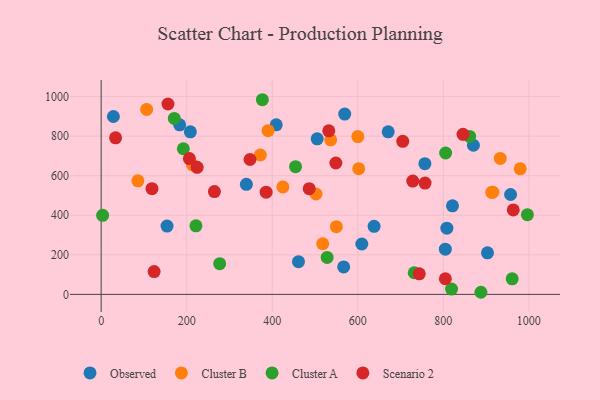
{"axis": {"x": "Ad Spend", "y": "Demand"}, "legend": ["Cluster A", "Cluster B", "Observed", "Scenario 2"], "data": [{"x": "638.1", "y": 343.9, "type": "Observed"}, {"x": "28.6", "y": 899.0, "type": "Observed"}, {"x": "154.0", "y": 345.2, "type": "Observed"}, {"x": "808.3", "y": 334.7, "type": "Observed"}, {"x": "569.4", "y": 911.3, "type": "Observed"}, {"x": "756.9", "y": 660.5, "type": "Observed"}, {"x": "609.4", "y": 254.8, "type": "Observed"}, {"x": "409.3", "y": 856.8, "type": "Observed"}, {"x": "339.5", "y": 556.4, "type": "Observed"}, {"x": "804.7", "y": 228.6, "type": "Observed"}, {"x": "567.0", "y": 138.8, "type": "Observed"}, {"x": "671.1", "y": 821.9, "type": "Observed"}, {"x": "208.5", "y": 821.6, "type": "Observed"}, {"x": "821.4", "y": 447.5, "type": "Observed"}, {"x": "870.3", "y": 753.9, "type": "Observed"}, {"x": "957.2", "y": 504.9, "type": "Observed"}, {"x": "903.3", "y": 210.3, "type": "Observed"}, {"x": "183.5", "y": 857.0, "type": "Observed"}, {"x": "505.1", "y": 786.5, "type": "Observed"}, {"x": "461.3", "y": 165.3, "type": "Observed"}, {"x": "213.5", "y": 654.2, "type": "Cluster B"}, {"x": "372.1", "y": 704.6, "type": "Cluster B"}, {"x": "502.2", "y": 507.4, "type": "Cluster B"}, {"x": "549.9", "y": 342.2, "type": "Cluster B"}, {"x": "518.0", "y": 256.0, "type": "Cluster B"}, {"x": "913.2", "y": 515.7, "type": "Cluster B"}, {"x": "106.3", "y": 935.0, "type": "Cluster B"}, {"x": "979.8", "y": 634.7, "type": "Cluster B"}, {"x": "85.8", "y": 574.2, "type": "Cluster B"}, {"x": "933.1", "y": 687.2, "type": "Cluster B"}, {"x": "602.2", "y": 635.0, "type": "Cluster B"}, {"x": "424.9", "y": 543.2, "type": "Cluster B"}, {"x": "390.3", "y": 827.4, "type": "Cluster B"}, {"x": "600.1", "y": 797.8, "type": "Cluster B"}, {"x": "915.6", "y": 516.8, "type": "Cluster B"}, {"x": "536.6", "y": 781.1, "type": "Cluster B"}, {"x": "528.3", "y": 186.9, "type": "Cluster A"}, {"x": "961.0", "y": 78.7, "type": "Cluster A"}, {"x": "887.9", "y": 10.7, "type": "Cluster A"}, {"x": "170.9", "y": 889.5, "type": "Cluster A"}, {"x": "731.9", "y": 109.3, "type": "Cluster A"}, {"x": "861.5", "y": 798.2, "type": "Cluster A"}, {"x": "376.9", "y": 983.9, "type": "Cluster A"}, {"x": "192.1", "y": 736.1, "type": "Cluster A"}, {"x": "277.1", "y": 155.2, "type": "Cluster A"}, {"x": "221.6", "y": 346.7, "type": "Cluster A"}, {"x": "819.2", "y": 26.9, "type": "Cluster A"}, {"x": "996.5", "y": 402.8, "type": "Cluster A"}, {"x": "454.5", "y": 645.4, "type": "Cluster A"}, {"x": "805.4", "y": 714.6, "type": "Cluster A"}, {"x": "3.4", "y": 399.7, "type": "Cluster A"}, {"x": "33.7", "y": 791.1, "type": "Scenario 2"}, {"x": "348.0", "y": 681.8, "type": "Scenario 2"}, {"x": "743.7", "y": 103.7, "type": "Scenario 2"}, {"x": "804.7", "y": 79.1, "type": "Scenario 2"}, {"x": "264.8", "y": 519.5, "type": "Scenario 2"}, {"x": "224.4", "y": 642.1, "type": "Scenario 2"}, {"x": "846.0", "y": 808.8, "type": "Scenario 2"}, {"x": "206.3", "y": 686.7, "type": "Scenario 2"}, {"x": "118.8", "y": 534.3, "type": "Scenario 2"}, {"x": "385.7", "y": 516.7, "type": "Scenario 2"}, {"x": "963.5", "y": 426.7, "type": "Scenario 2"}, {"x": "705.1", "y": 773.5, "type": "Scenario 2"}, {"x": "156.2", "y": 962.2, "type": "Scenario 2"}, {"x": "532.2", "y": 826.5, "type": "Scenario 2"}, {"x": "123.8", "y": 115.2, "type": "Scenario 2"}, {"x": "486.4", "y": 534.5, "type": "Scenario 2"}, {"x": "757.2", "y": 562.4, "type": "Scenario 2"}, {"x": "728.5", "y": 572.5, "type": "Scenario 2"}, {"x": "548.7", "y": 664.2, "type": "Scenario 2"}]}